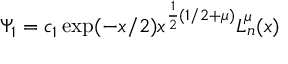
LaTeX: \Psi _ { 1 } = c _ { 1 } \exp ( - x / 2 ) x ^ { \frac 1 2 ( 1 / 2 + \mu ) } L _ { n } ^ { \mu } ( x )